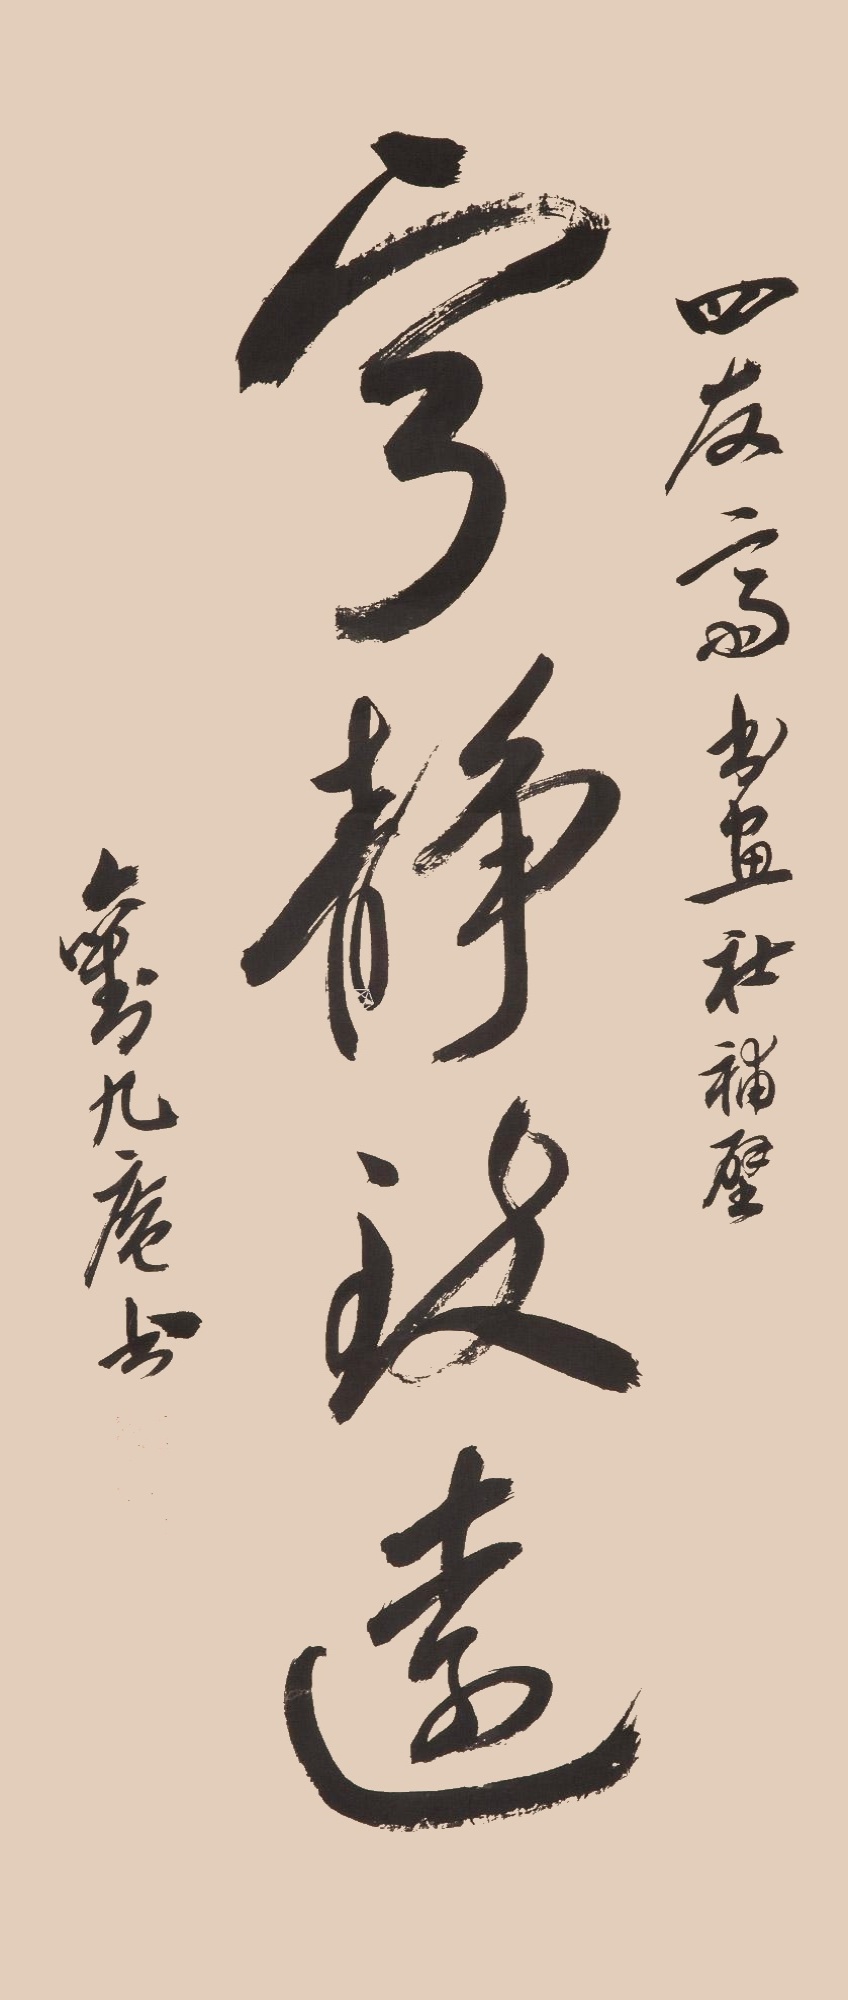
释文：宁静致远四友斋书画社补壁。刘九庵书。